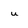
Character: u